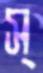
স্